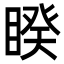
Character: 睽